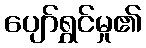
ပျော်ရွှင်မှု၏